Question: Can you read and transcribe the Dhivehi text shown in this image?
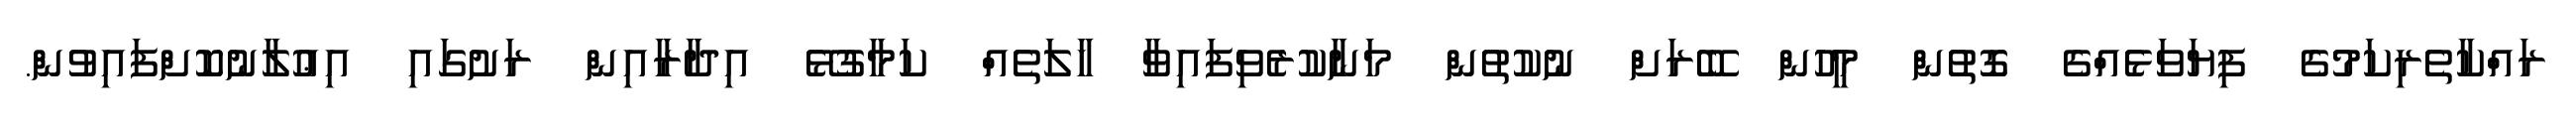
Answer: ރައްކާތެރިކަމުގެ ފިޔަވަޅެއްގެ ގޮތުން މީހުން ބޭރަށް ނުކުތުން މަނާކުރެވިފައިވާ ހާލަތެއް ކަމާގުޅޭ އިދާރާއިން ރަށުގައި އިޢުލާނުކޮށްފައިވުން.